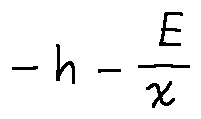
- h - \frac { E } { x }